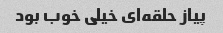
پیاز حلقه‌ای خیلی خوب بود